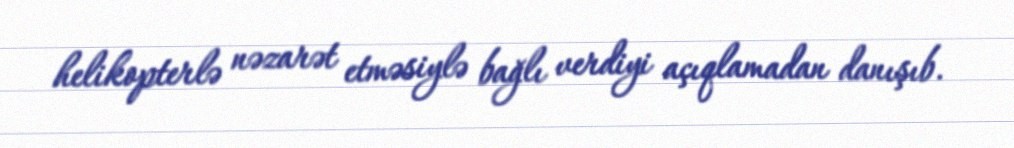
helikopterlə nəzarət etməsiylə bağlı verdiyi açıqlamadan danışıb.